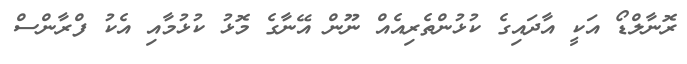
ރޮނާލްޑޯ އަކީ އާދައިގެ ކުޅުންތެރިއެއް ނޫން އޭނާގެ މޮޅު ކުޅުމާއި އެކު ފްރާންސް